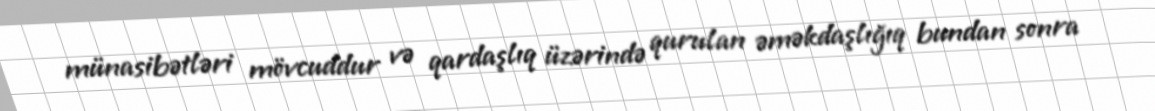
münasibətləri mövcuddur və qardaşlıq üzərində qurulan əməkdaşlığıq bundan sonra